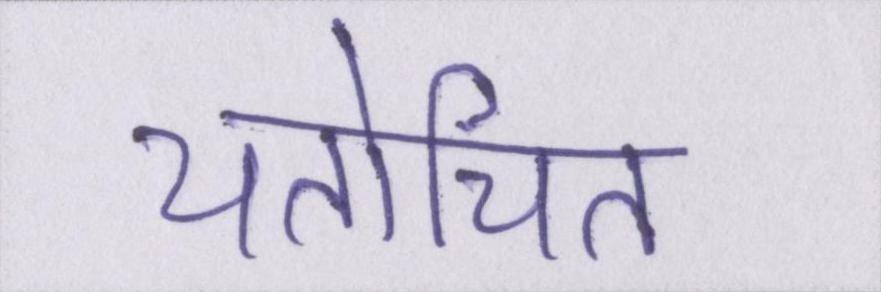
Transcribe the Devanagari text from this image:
यतोचित